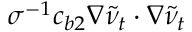
\sigma ^ { - 1 } c _ { b 2 } \nabla \tilde { \nu } _ { t } \cdot \nabla \tilde { \nu } _ { t }